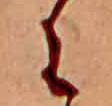
々